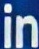
in